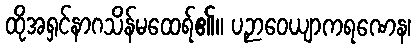
ထိုအရှင်နာဂသိန်မထေရ်၏။ ပဉှာဝေယျာကရဏေန၊